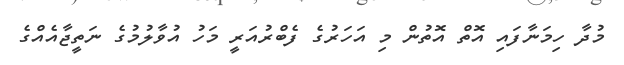
މުދާ ހިމަނާފައި އޮތް އޮތުން މި އަހަރުގެ ފެބްރުއަރީ މަހު އުވާލުމުގެ ނަތީޖާއެއްގެ